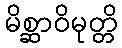
မိစ္ဆာဝိမုတ္တိ